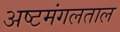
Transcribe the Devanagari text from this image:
अष्टमंगलताल